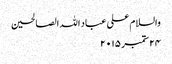
والسلام علی عباد اللہ الصالحین
۲۴ ستمبر ۲۰۱۵